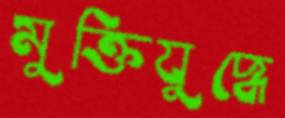
মুক্তিযুদ্ধে